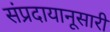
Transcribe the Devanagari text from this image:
संप्रदायानूसारी